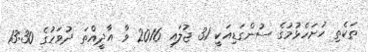
ތަކެތި ހުށަހެޅުމުގެ ސުންގަޑިއަކީ 31 ޖުލައި 2016 ވާ އާދީއްތަ ދުވަހުގެ 13:30